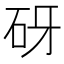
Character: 砑